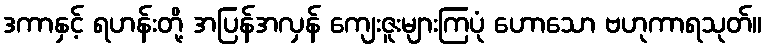
ဒကာနှင့် ရဟန်းတို့ အပြန်အလှန် ကျေးဇူးများကြပုံ ဟောသော ဗဟုကာရသုတ်။